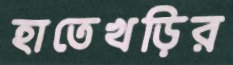
হাতেখড়ির